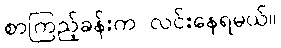
စာကြည့်ခန်းက လင်းနေရမယ်။